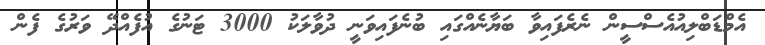
އެމްޑަބްލިއުއެސްސީން ނެރެފައިވާ ބަޔާނެއްގައި ބުނެފައިވަނީ ދުވާލަކު 3000 ޓަނުގެ އުފެއްދޭ ވަރުގެ ފެން